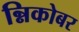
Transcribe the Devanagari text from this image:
न्निकोबर